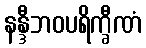
နန္ဒီဘဝပရိက္ခီဏံ